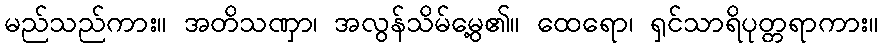
မည်သည်ကား။ အတိသဏှာ၊ အလွန်သိမ်မွေ့၏။ ထေရော၊ ရှင်သာရိပုတ္တရာကား။